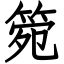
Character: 箢